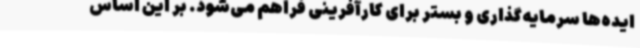
ایده‌ها سرمایه‌گذاری و بستر برای کارآفرینی فراهم می‌شود. بر این اساس